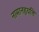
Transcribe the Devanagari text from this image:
नामानह्वयति